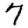
Digit: 7